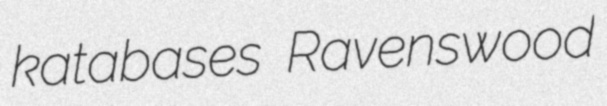
katabases Ravenswood